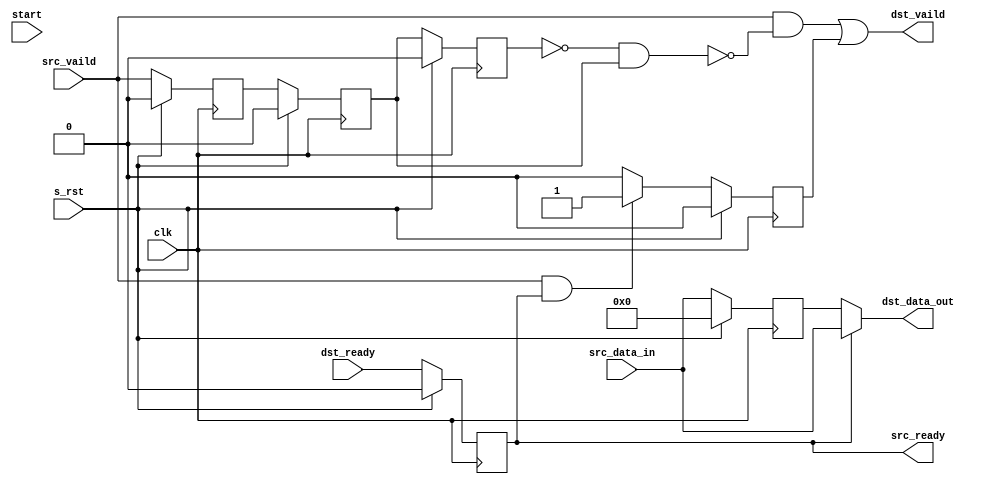
// -----------------------------------------------------------------------------
// Copyright (c) 2014-2022 All rights reserved
// -----------------------------------------------------------------------------
// wechat : wxz18066913150
// Create : 2022-08-20 17:52:20
// Revise : 2022-08-20 17:52:20
// Editor : sublime text3, tab size (4)
// -----------------------------------------------------------------------------
module Backward_Registered#( 
	parameter	WIDTH = 8 ,
	parameter 	DEPTH = 256 
	)
(
	clk,
	s_rst,
	start,
	src_vaild,
	src_data_in,

	src_ready,

	dst_ready,

	dst_vaild,
	dst_data_out

	);
input						clk			;
input						s_rst		;
input						start		;
input						src_vaild	;
input		[WIDTH-1:0]		src_data_in ;
input						dst_ready	;

output						dst_vaild	;
output		[WIDTH-1:0]		dst_data_out;
output	reg					src_ready 	;

reg 				data_flag		;
reg 				data_flag_r1	;
reg 				data_flag_r2	;
reg [WIDTH-1:0]		data_buff		;

reg                 data_hold 		;

always@(posedge clk)begin
	if(s_rst == 1'b1)
	begin
		data_flag <= 1'b0;
		data_flag_r1 <= 1'b0;
		data_flag_r2 <= 1'b0;
	end
	else
	begin
		data_flag <= src_vaild;
		data_flag_r1 <= data_flag;
		data_flag_r2 <= data_flag_r1;
	end
end

always @(posedge clk) begin
	if (s_rst == 1'b1) 
		src_ready <= 1'b0;
	else
		src_ready <= dst_ready;	

end

always @(posedge clk) begin
	if (s_rst == 1'b1) begin
		data_buff <= {WIDTH{1'b0}};		
	end
	else 
		data_buff <= src_data_in;
end

always @(posedge clk) begin
	if (s_rst == 1'b1) begin
		data_hold <= 1'b0;
	end
	else if (src_vaild & src_ready) begin
		data_hold <= 1'b1;
	end
	else begin
		data_hold <= 1'b0;
	end
end

assign dst_data_out = (src_ready == 1)?src_data_in:data_buff;

assign dst_vaild = (src_vaild & !(!data_flag_r2 & data_flag_r1) ) | data_hold;//dst_vaild, data_hold,

endmodule